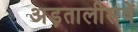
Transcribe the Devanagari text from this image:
अड़तालीसवें